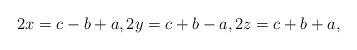
LaTeX: \begin{align*} 2x = c - b + a, 2y = c + b - a, 2z = c + b + a,\end{align*}